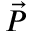
\vec { P }